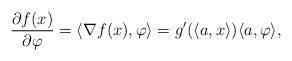
LaTeX: \begin{align*}\frac{\partial f(x)}{\partial \varphi}=\langle \nabla f(x),\varphi \rangle=g'(\langle a,x\rangle)\langle a,\varphi\rangle,\end{align*}